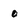
Character: o